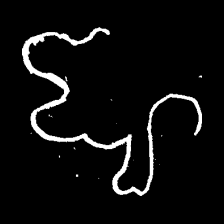
Pyu character \u2014 Myanmar letter: ဈ (romanized: jha)